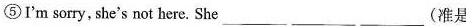
⑤I'm sorry, she's not here. She___ ___ ___(准是